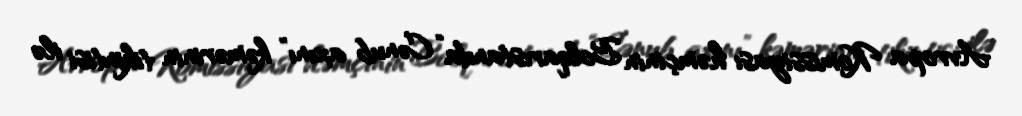
Avropa Komissiyası həmçinin Bolqarıstanda “Cənub axını” kəmərinin tikintisi ilə